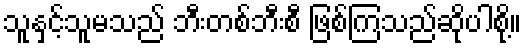
သူနှင့်သူမသည် ဘီးတစ်ဘီးစီ ဖြစ်ကြသည်ဆိုပါစို့။